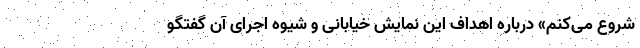
شروع می‌کنم» درباره اهداف این نمایش خیابانی و شیوه اجرای آن گفتگو